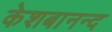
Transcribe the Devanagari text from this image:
केशबानन्द